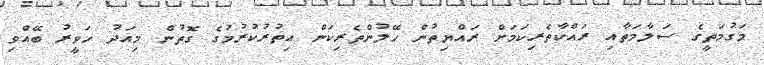
މަގުމަތީގެ ސަލާމަތާއި ރައްކާތެރިކަމަށް ރައްޔިތުން ހޭލުންތެރިކަން އިތުރުކުރުމުގެ ގޮތުން މިއަދު ހަވީރު ބޭއްވި